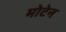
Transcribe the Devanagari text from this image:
मोटेन